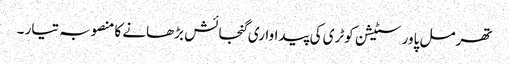
تھرمل پاور سٹیشن کوٹری کی پیداواری گنجائش بڑھانے کا منصوبہ تیار ۔